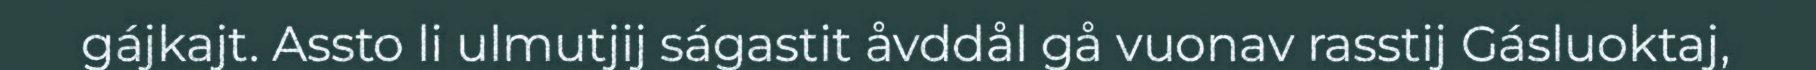
gájkajt. Assto li ulmutjij ságastit åvddål gå vuonav rasstij Gásluoktaj,